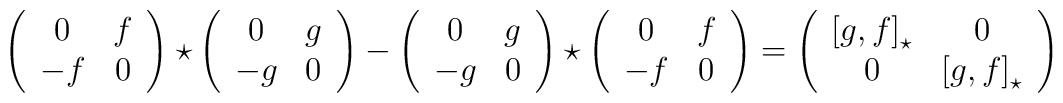
\left(\begin{array}{cc}0 & f \\-f & 0\end{array}\right) \star \left(\begin{array}{cc}0 & g \\-g & 0\end{array}\right) -\left(\begin{array}{cc}0 & g \\-g & 0\end{array}\right) \star \left(\begin{array}{cc}0 & f \\-f & 0\end{array}\right) =\left(\begin{array}{cc}\left[ g,f\right] _{\star } & 0 \\0 & \left[ g,f\right] _{\star }\end{array}\right)